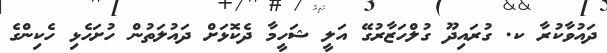
ދައުވާކުރާ ކ. ގުރައިދޫ ގުލްހަޒާރުގޭ އަލީ ޝަހީމާ ދެކޮޅަށް ދައުލަތުން ހުށަހެޅި ހެކިންގެ